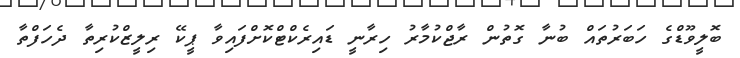
ބޮލީވޫޑްގެ ހަބަރުތައް ބުނާ ގޮތުން ރާޖްކުމާރު ހިރާނީ ޑައިރެކްޓްކޮށްފައިވާ ޕީކޭ ރިލީޒްކުރިތާ ދެހަފްތާ